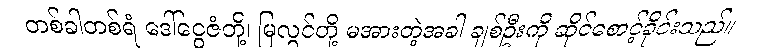
တစ်ခါတစ်ရံ ဒေါ်ငွေဇံတို့၊ မြလွင်တို့ မအားတဲ့အခါ ချစ်ဦးကို ဆိုင်စောင့်ခိုင်းသည်။